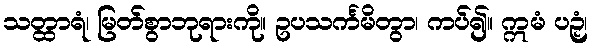
သတ္ထာရံ၊ မြတ်စွာဘုရားကို။ ဥပသင်္ကမိတွာ၊ ကပ်၍။ ဣမံ ပဉှံ၊